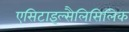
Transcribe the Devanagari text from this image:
एसिटाइल्सैलिसिलिक